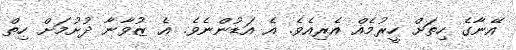
އޭނާގެ ހިތަށް ހީރުމެއް އެރިއެވެ. އެ އަޑުންނެވެ. އެ ޒުވާނާ ދުށުމަށް ހިތް